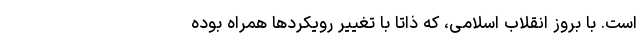
است. با بروز انقلاب اسلامی، که ذاتاً با تغییر رویکردها همراه بوده